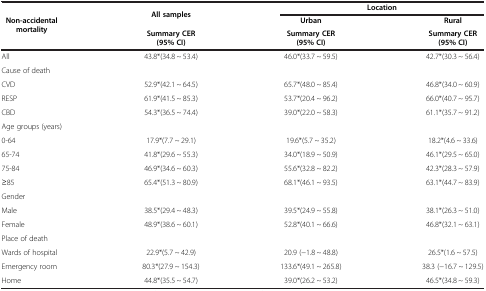
| <ROWSPAN=3> Non-accidental mortality | <ROWSPAN=2> All samples | <COLSPAN=2> Location |
 | Urban | Rural |
 | Summary CER (95% CI) | Summary CER (95% CI) | Summary CER (95% CI) |
 | --- | --- | --- | --- |
 | All | 43.8*(34.8 ~ 53.4) | 46.0*(33.7 ~ 59.5) | 42.7*(30.3 ~ 56.4) |
 | Cause of death |  |  |  |
 | CVD | 52.9*(42.1 ~ 64.5) | 65.7*(48.0 ~ 85.4) | 46.8*(34.0 ~ 60.9) |
 | RESP | 61.9*(41.5 ~ 85.3) | 53.7*(20.4 ~ 96.2) | 66.0*(40.7 ~ 95.7) |
 | CBD | 54.3*(36.5 ~ 74.4) | 39.0*(22.0 ~ 58.3) | 61.1*(35.7 ~ 91.2) |
 | Age groups (years) |  |  |  |
 | 0-64 | 17.9*(7.7 ~ 29.1) | 19.6*(5.7 ~ 35.2) | 18.2*(4.6 ~ 33.6) |
 | 65-74 | 41.8*(29.6 ~ 55.3) | 34.0*(18.9 ~ 50.9) | 46.1*(29.5 ~ 65.0) |
 | 75-84 | 46.9*(34.6 ~ 60.3) | 55.6*(32.8 ~ 82.2) | 42.3*(28.3 ~ 57.9) |
 | ≥85 | 65.4*(51.3 ~ 80.9) | 68.1*(46.1 ~ 93.5) | 63.1*(44.7 ~ 83.9) |
 | Gender |  |  |  |
 | Male | 38.5*(29.4 ~ 48.3) | 39.5*(24.9 ~ 55.8) | 38.1*(26.3 ~ 51.0) |
 | Female | 48.9*(38.6 ~ 60.1) | 52.8*(40.1 ~ 66.6) | 46.8*(32.1 ~ 63.1) |
 | Place of death |  |  |  |
 | Wards of hospital | 22.9*(5.7 ~ 42.9) | 20.9 (-1.8 ~ 48.8) | 26.5*(1.6 ~ 57.5) |
 | Emergency room | 80.3*(27.9 ~ 154.3) | 133.6*(49.1 ~ 265.8) | 38.3 (-16.7 ~ 129.5) |
 | Home | 44.8*(35.5 ~ 54.7) | 39.0*(26.2 ~ 53.2) | 46.5*(34.8 ~ 59.3) |